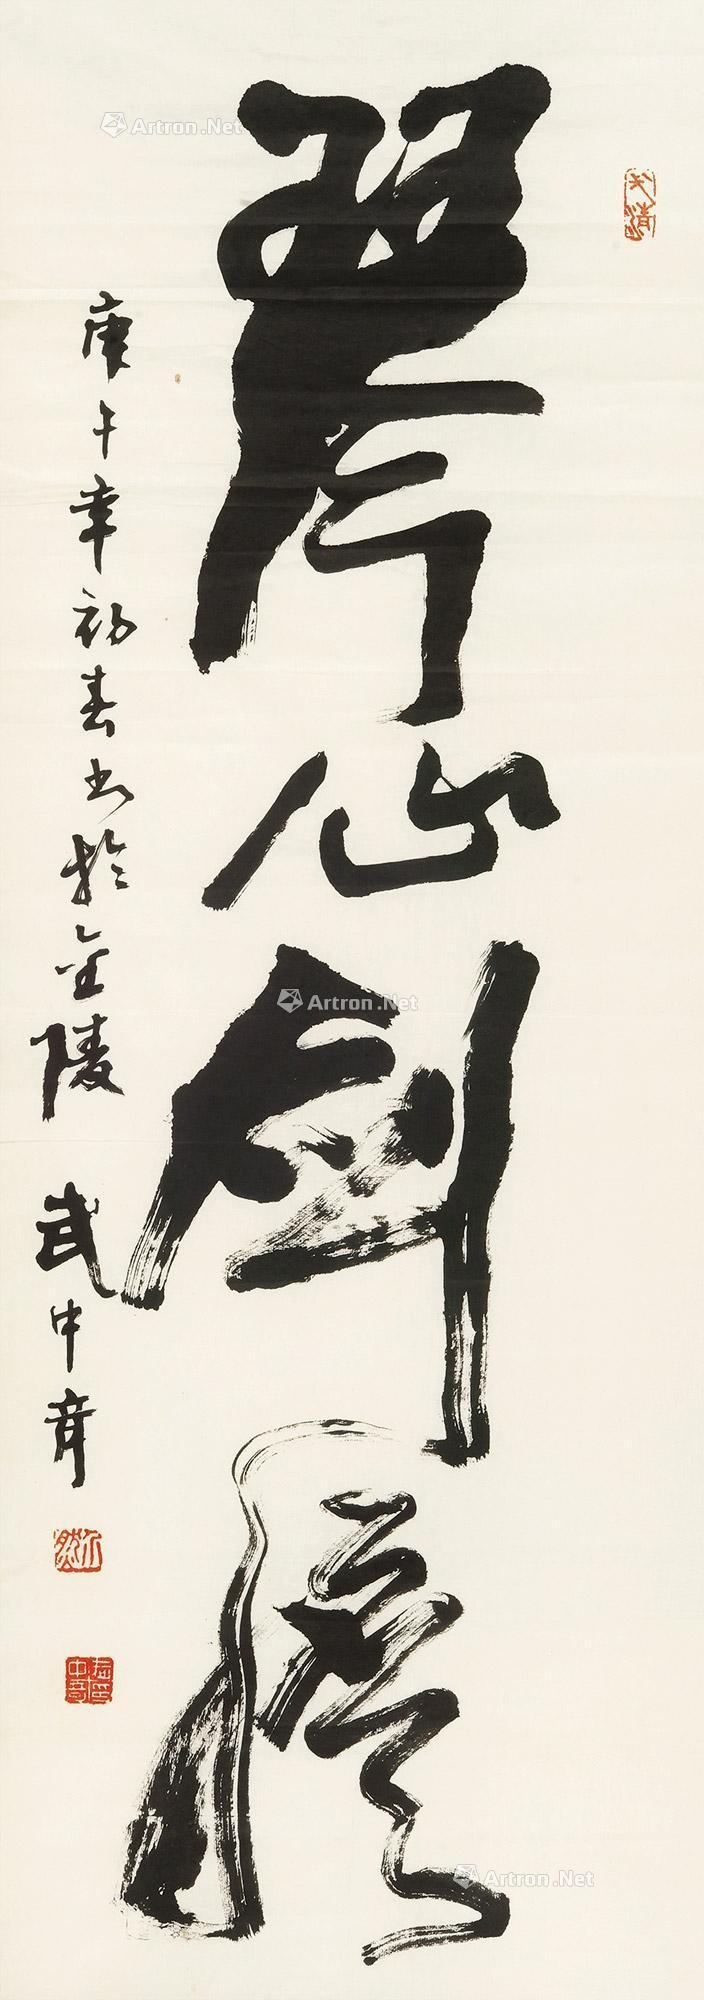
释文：琴心剑胆。庚午(1990)年初春书扵金陵，武中奇。